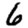
Digit: 6